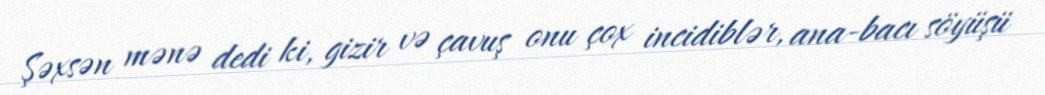
Şəxsən mənə dedi ki, gizir və çavuş onu çox incidiblər, ana-bacı söyüşü